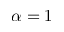
\alpha = 1